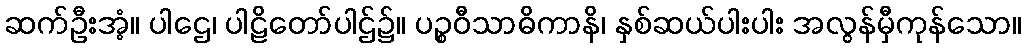
ဆက်ဦးအံ့။ ပါဌေ၊ ပါဠိတော်ပါဌ်၌။ ပဉ္စဝီသာဓိကာနိ၊ နှစ်ဆယ်ပါးပါး အလွန်မှီကုန်သော။